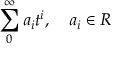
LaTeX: \sum _ { 0 } ^ { \infty } a _ { i } t ^ { i } , \quad a _ { i } \in R